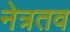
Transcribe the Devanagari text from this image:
नेत्रतव